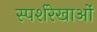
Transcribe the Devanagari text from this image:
स्पर्शरेखाओं